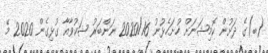
(ބ)ގެ ދަށުން ކޮމިޝަނަށް ހުށަހެޅުނު 2020/16 ނަންބަރު ޝަކުވާއާ ގުޅިގެން 2020 މޭ